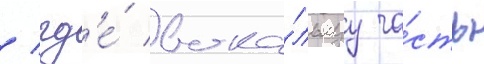
/ гд'е́ вока́льнуу ча́сть